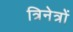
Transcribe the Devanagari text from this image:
त्रिनेत्रों